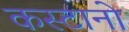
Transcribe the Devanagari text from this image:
कस्टानो